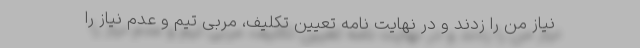
نیاز من را زدند و در نهایت نامه تعیین تکلیف، مربی تیم و عدم نیاز را